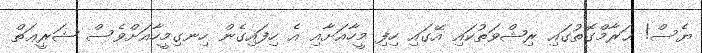
ޔެސް! ޙަރާމްގޮތުގައި ރިޝްވަތުކައި އޭގައި ހިފި މީހާއަށާއި އެ ހިފައިގެން ހިނގިމީހާއަށްވެސް ޝަރީޢަތް